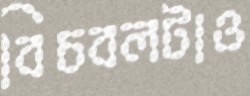
বিচবলটাও